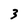
Character: 3